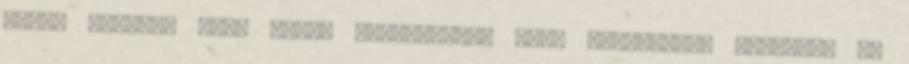
egyet érteni, hogy azért dolgozzunk, hogy megmentsük magunkat és